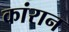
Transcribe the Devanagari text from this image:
कांरान